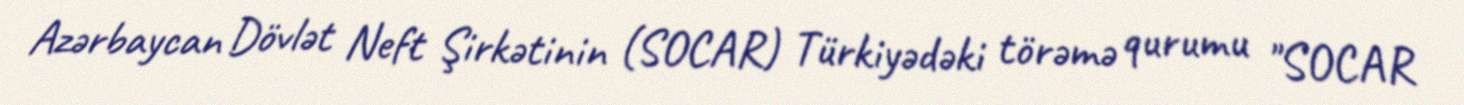
Azərbaycan Dövlət Neft Şirkətinin (SOCAR) Türkiyədəki törəmə qurumu "SOCAR